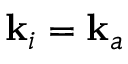
\mathbf { k } _ { i } = \mathbf { k } _ { a }